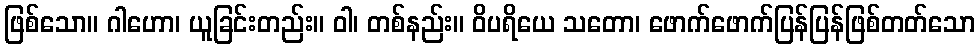
ဖြစ်သော။ ဂါဟော၊ ယူခြင်းတည်း။ ဝါ၊ တစ်နည်း။ ဝိပရိယေ သတော၊ ဖောက်ဖောက်ပြန်ပြန်ဖြစ်တတ်သော